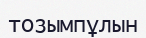
тозымпұлын